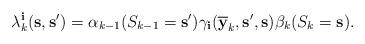
LaTeX: \begin{align*}\lambda_{k}^{\mathbf{i}}(\mathbf{s},\mathbf{s'}) = \alpha_{k-1}(S_{k-1}=\mathbf{s'})\gamma_{\mathbf{i}}(\mathbf{\overline{y}}_{k},\mathbf{s'},\mathbf{s})\beta_{k}(S_{k}=\mathbf{s}).\end{align*}